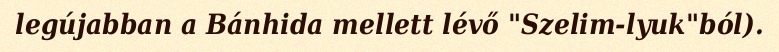
legújabban a Bánhida mellett lévő "Szelim-lyuk"ból).